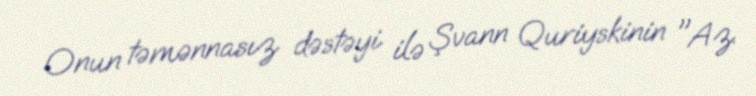
Onun təmənnasız dəstəyi ilə Şvann Quriyskinin "Az.